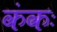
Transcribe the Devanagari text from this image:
कंकः